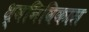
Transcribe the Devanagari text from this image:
ध्वनिविकास